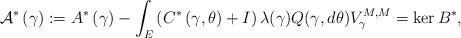
LaTeX: \begin{align*}\mathcal{A}^{\ast}\left( \gamma\right) :=A^{\ast}\left( \gamma\right)-\int_{E}\left( C^{\ast}\left( \gamma,\theta\right) +I\right)\lambda(\gamma)Q(\gamma,d\theta)V_{\gamma}^{M,M}=\ker B^{\ast},\end{align*}